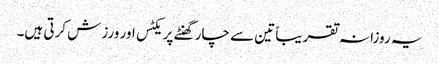
یہ روزانہ تقریباً تین سے چار گھنٹے پریکٹس اور ورزش کرتی ہیں۔